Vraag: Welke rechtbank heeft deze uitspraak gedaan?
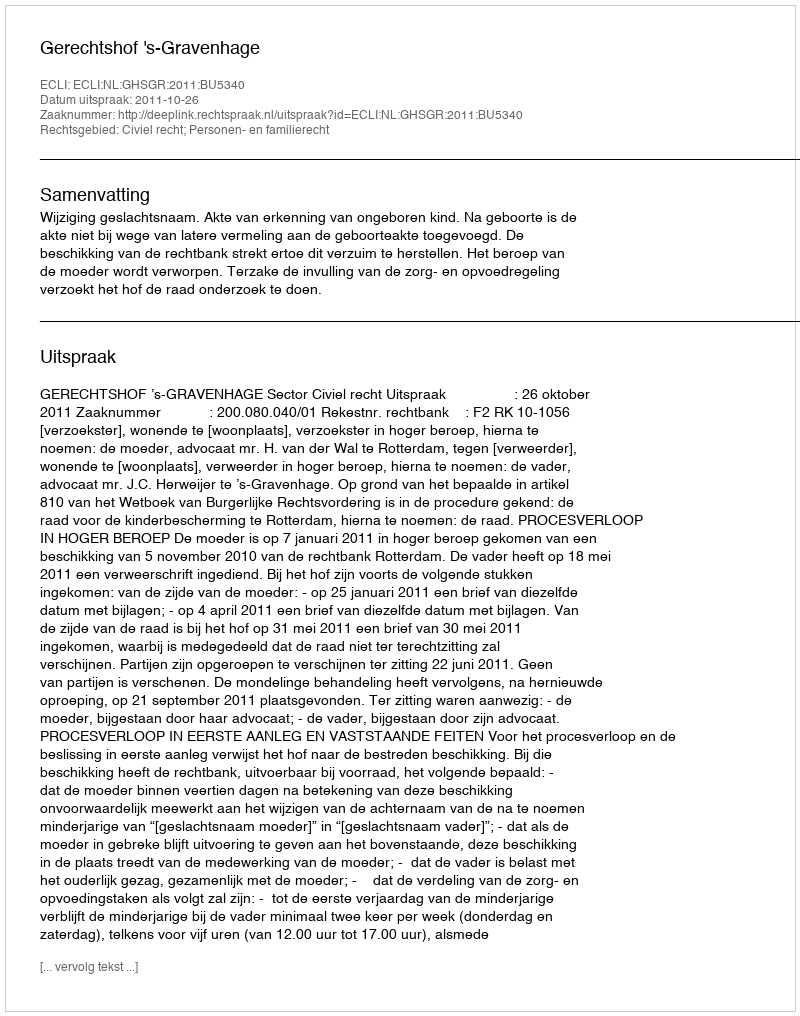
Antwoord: Gerechtshof 's-Gravenhage